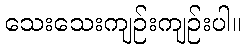
သေးသေးကျဉ်းကျဉ်းပါ။